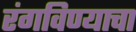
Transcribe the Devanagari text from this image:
रंगविण्याचा